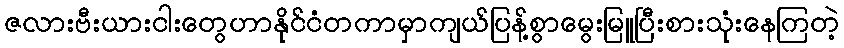
ဇလားဗီးယားငါးတွေဟာနိုင်ငံတကာမှာကျယ်ပြန့်စွာမွေးမြူပြီးစားသုံးနေကြတဲ့